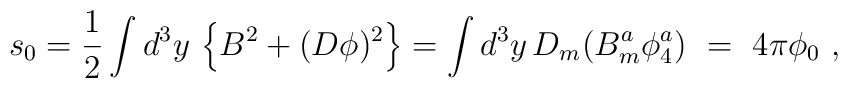
s_0 = \frac{1}{2}\int d^3y\,\left\{ B^2 +(D\phi)^2 \right\}= \int d^3y\,D_m (B_m^a \phi^a_4)\ =\ 4\pi \phi_0\ ,